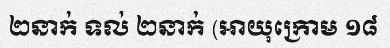
២នាក់ ទល់ ២នាក់ (អាយុក្រោម ១៨